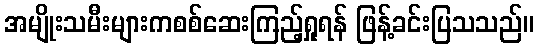
အမျိုးသမီးများကစစ်ဆေးကြည့်ရှုရန် ဖြန့်ခင်းပြသသည်။